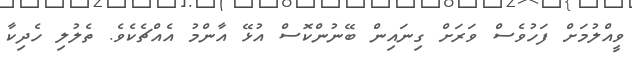
ވީއްލުމަށް ފަހުވެސް ވަރަށް ގިނައިން ބޭނުންކޮސް އުޅޭ އާންމު އެއްޗެކެވެ. ތެލުލި ހެދިކާ